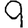
Digit: 9